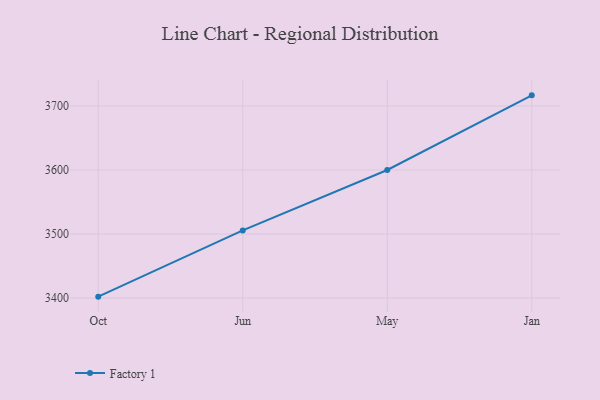
{"axis": {"x": "Month", "y": "Website Visitors"}, "legend": ["Factory 1"], "data": [{"x": "Oct", "y": 3402.2, "type": "Factory 1"}, {"x": "Jun", "y": 3505.6, "type": "Factory 1"}, {"x": "May", "y": 3600.0, "type": "Factory 1"}, {"x": "Jan", "y": 3716.6, "type": "Factory 1"}]}